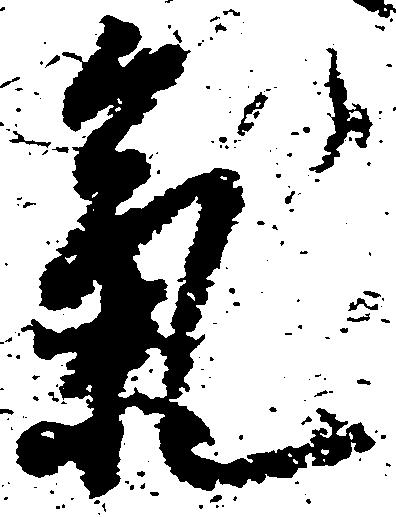
気